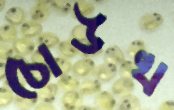
চোউখ